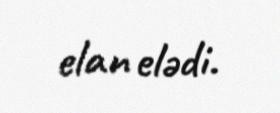
elan elədi.